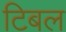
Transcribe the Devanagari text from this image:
टिबल